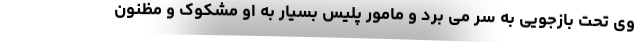
وی تحت بازجویی به سر می برد و مامور پلیس بسیار به او مشکوک و مظنون